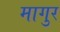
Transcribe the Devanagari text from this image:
मागुर